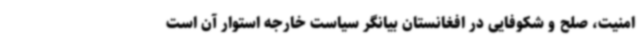
امنیت، صلح و شکوفایی در افغانستان بیانگر سیاست خارجه استوار آن است